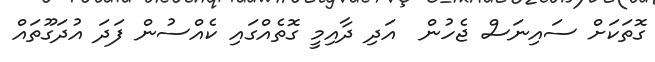
ގޮތަކަށް ސައިނަސް ޖެހުން  އަދި ދާއިމީ ގޮތެއްގައި ކެއްސުން ފަދަ އުދަގޫތައް